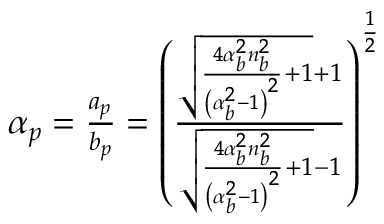
\begin{array} { r } { \alpha _ { p } = \frac { a _ { p } } { b _ { p } } = \left( \frac { \sqrt { \frac { 4 \alpha _ { b } ^ { 2 } n _ { b } ^ { 2 } } { \left( \alpha _ { b } ^ { 2 } - 1 \right) ^ { 2 } } + 1 } + 1 } { \sqrt { \frac { 4 \alpha _ { b } ^ { 2 } n _ { b } ^ { 2 } } { \left( \alpha _ { b } ^ { 2 } - 1 \right) ^ { 2 } } + 1 } - 1 } \right) ^ { \frac { 1 } { 2 } } } \end{array}